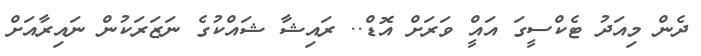
ދެން މިއަދު ޓެކްސީގަ އައީް ވަރަށް އޮޑް.. ރައިޝާ ޝައްކުގެ ނަޒަރަކުން ނައިރާއަށް